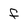
Character: f